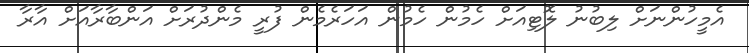
އެމީހުންނަށް ލިބުނު ލޮޓިއަށް ހެމުން ހެމުން އަހަރެމެން ފުރީ މެންދުރަށް އަންބާރާއަށް އާރާ